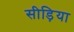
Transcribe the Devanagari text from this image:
सीड़िया